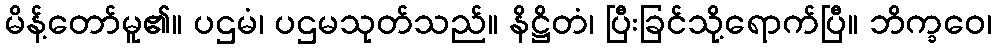
မိန့်တော်မူ၏။ ပဌမံ၊ ပဌမသုတ်သည်။ နိဋ္ဌိတံ၊ ပြီးခြင်သို့ရောက်ပြီ။ ဘိက္ခဝေ၊